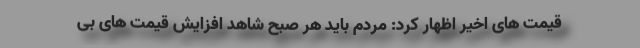
قیمت های اخیر اظهار کرد: مردم باید هر صبح شاهد افزایش قیمت های بی